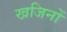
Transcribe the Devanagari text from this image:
खजिनों